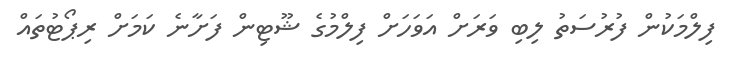
ފިލްމަކުން ފުރުސަތު ލިބި ވަރަށް އަވަހަށް ފިލްމުގެ ޝޫޓިން ފަށާނެ ކަމަށް ރިޕޯޓުތައް